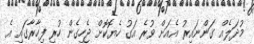
މުދަލެއް ގަންނައިރު އެއަށް ވުރެ އަގު ހެޔޮކޮށް ޖެހިގެން ހުރި ފިހާރާގައި އެ